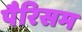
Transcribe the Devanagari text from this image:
पैरिसम